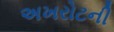
અખરોટની